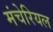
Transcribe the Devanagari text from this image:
मंचेरियल